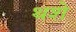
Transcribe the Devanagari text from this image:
थशे